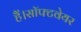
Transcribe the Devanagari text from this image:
हैं।सॉफ्टवेयर